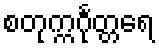
စတုက္ကင်္ဂုတ္တရေ